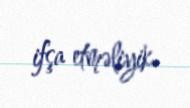
ifşa etməliyik.